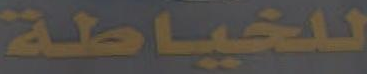
للخياطة